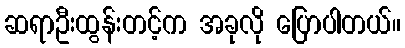
ဆရာဦးထွန်းတင့်က အခုလို ပြောပါတယ်။